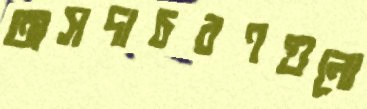
অসদাচরণগুলো